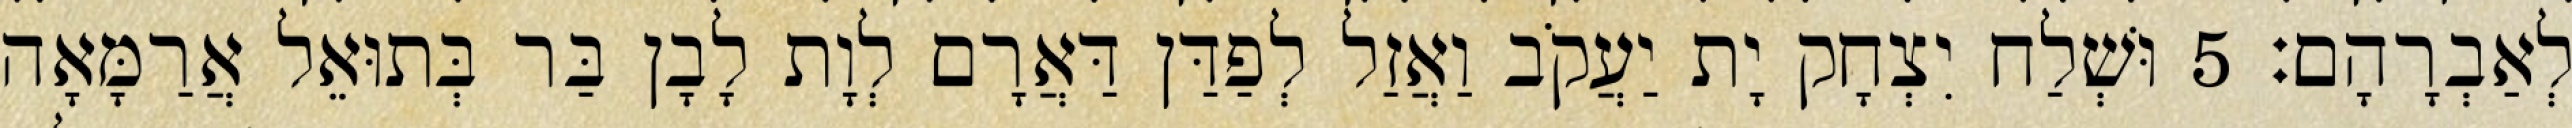
לְאַבְרָהָם׃ 5 וּשְׁלַח יִצְחָק יָת יַעֲקֹב וַאֲזַל לְפַדַּן דַּאֲרָם לְוָת לָבָן בַּר בְּתוּאֵל אֲרַמָּאָה